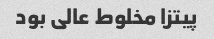
پیتزا مخلوط عالى بود